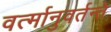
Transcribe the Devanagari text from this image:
वर्त्मानुवर्तन्ते